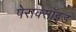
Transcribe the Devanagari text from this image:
पेराक्सॉइड